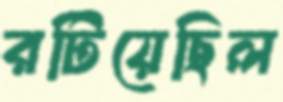
রটিয়েছিল